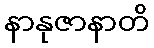
နာနုဇာနာတိ